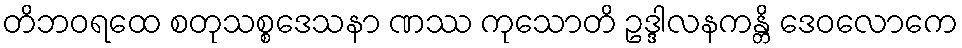
တိဘဝရထေ စတုသစ္စဒေသနာ ဏဿ ကုသောတိ ဥဒ္ဒါလနကန္တိ ဒေဝလောကေ